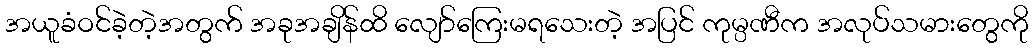
အယူခံဝင်ခဲ့တဲ့အတွက် အခုအချိန်ထိ လျော်ကြေးမရသေးတဲ့ အပြင် ကုမ္ပဏီက အလုပ်သမားတွေကို